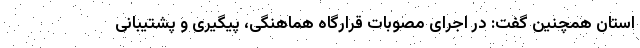
استان همچنین گفت: در اجرای مصوبات قرارگاه هماهنگی، پیگیری و پشتیبانی